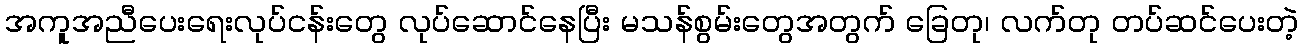
အကူအညီပေးရေးလုပ်ငန်းတွေ လုပ်ဆောင်နေပြီး မသန်စွမ်းတွေအတွက် ခြေတု၊ လက်တု တပ်ဆင်ပေးတဲ့